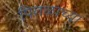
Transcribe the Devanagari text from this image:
पितळाच्या